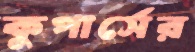
কুপার্সের